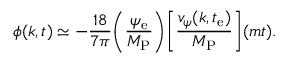
\phi ( k , t ) \simeq - \frac { 1 8 } { 7 \pi } \biggl ( \frac { \psi _ { \mathrm { e } } } { M _ { \mathrm { P } } } \biggr ) \biggl [ \frac { v _ { \psi } ( k , t _ { \mathrm { e } } ) } { M _ { \mathrm { P } } } \biggr ] ( m t ) .